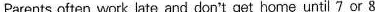
Parents often work late and don't get home until'7 or 8